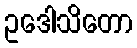
ဥဒေါသိတော